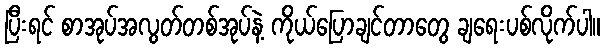
ပြီးရင် စာအုပ်အလွတ်တစ်အုပ်နဲ့ ကိုယ်ပြောချင်တာတွေ ချရေးပစ်လိုက်ပါ။